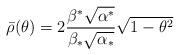
LaTeX: \begin{align*}\bar{\rho}(\theta)=2\frac{\beta^*\sqrt{\alpha^*}}{\beta_*\sqrt{\alpha_*}}\sqrt{1-\theta^2}\end{align*}